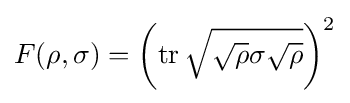
F(\rho ,\sigma )=\left(\operatorname {tr} {\sqrt {{\sqrt {\rho }}\sigma {\sqrt {\rho }}}}\right)^{2}